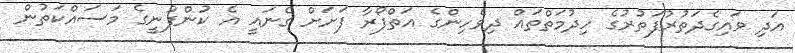
އަދި ވައިގެދަތުރުފަތުރުގެ ހިދުމަތްތައް ދިވެހިންގެ އަތްފޯރާ ފަށަށް ގެނައީ އެ ކުންފުނީގެ މަސައްކަތުން